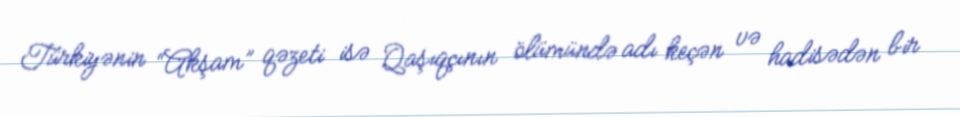
Türkiyənin “Akşam” qəzeti isə Qaşıqçının ölümündə adı keçən və hadisədən bir